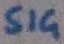
Text: SIG